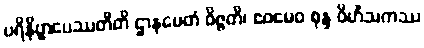
ပရိနိဗ္ဗာပေဿတီတိ ဌာနမေတံ ဝိဇ္ဇတိ၊ ဧဝမေဝ စုန္ဒ ဝိဟိံသကဿ